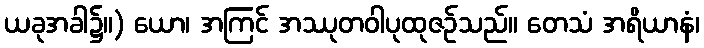
ယခုအခါ၌။) ယော၊ အကြင် အဿုတဝါပုထုဇဉ်သည်။ တေသံ အရိယာနံ၊